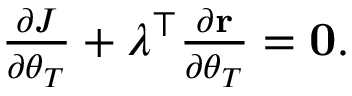
\begin{array} { r } { \frac { \partial J } { \partial \boldsymbol { \theta } _ { T } } + \boldsymbol { \lambda } ^ { \top } \frac { \partial { \bf r } } { \partial \boldsymbol { \theta } _ { T } } = { \bf 0 } . } \end{array}